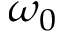
\omega _ { 0 }